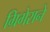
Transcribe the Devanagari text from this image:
ग्रिगेराने